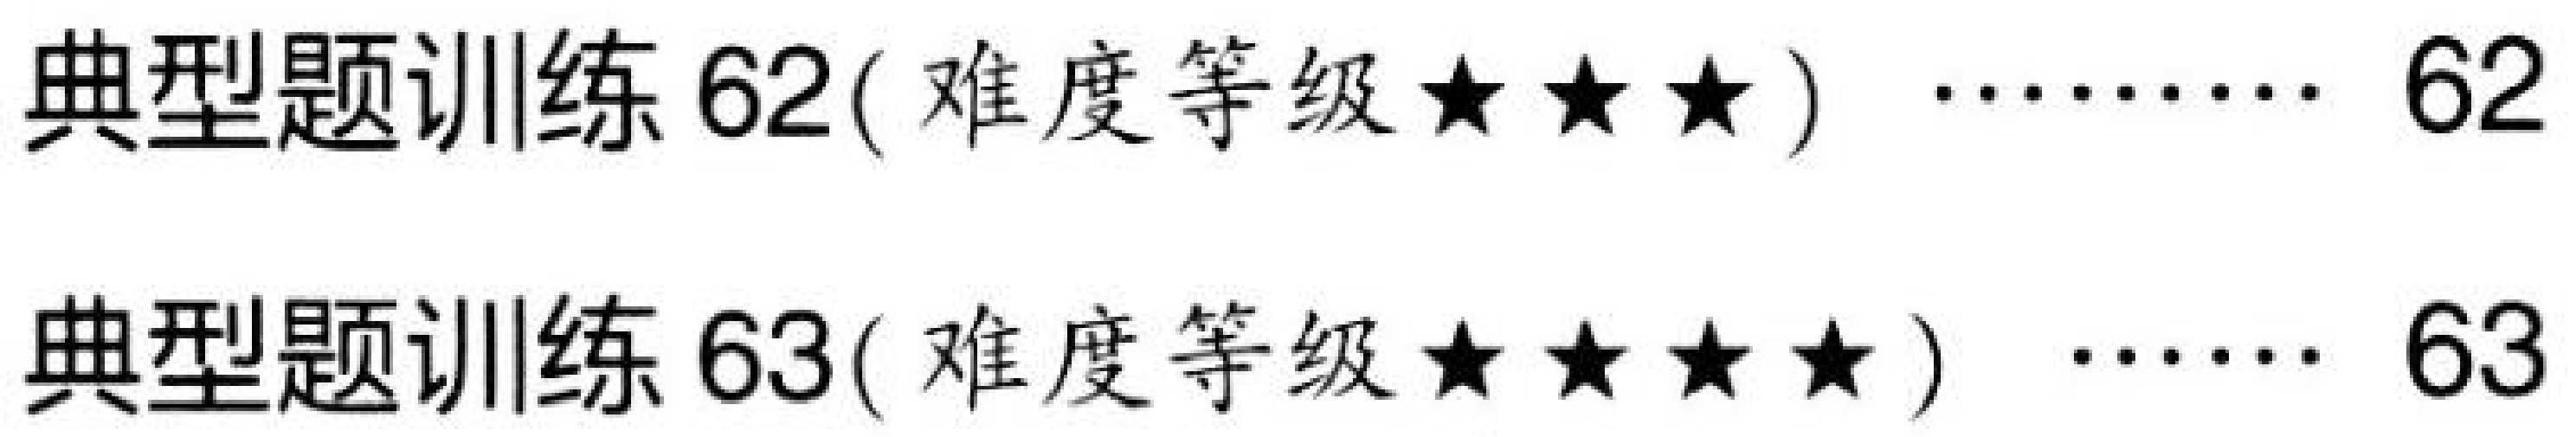
典型题训练 62( 难度等级$\star\star\star$) $\cdots\cdots$ 62
典型题训练 63( 难度等级$\star\star\star\star$) $\cdots\cdots$ 63